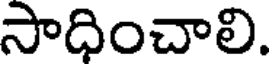
సాధించాలి.